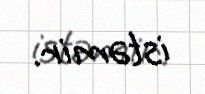
istəmir.